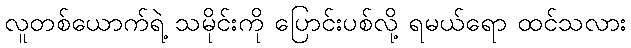
လူတစ်ယောက်ရဲ့ သမိုင်းကို ပြောင်းပစ်လို့ ရမယ်ရော ထင်သလား